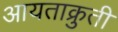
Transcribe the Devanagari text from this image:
आयताक्रुती